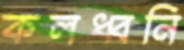
কলধ্বনি